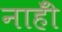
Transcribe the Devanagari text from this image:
नाहीँ